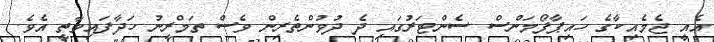
އެއީ ޖެމެއިކާގެ ހައިޕާފޯމަންސް ސެންޓަރުގައި ދެ ދުވުންތެރިން ވެސް ތަމްރީނު ހަދާފައިވާތީ އެވެ.